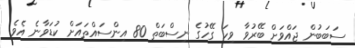
ސަބަބުން ޖައްވަށް ބޭރުވާ ވިހަ ގޭހުގެ ނިސްބަތް 80 އިންސައްތައަށް ކުޑަވާނެ އެވެ.